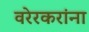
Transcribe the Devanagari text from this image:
वरेरकरांना